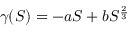
\gamma ( S ) = - a S + b S ^ { \frac { 2 } { 3 } }